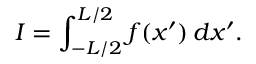
I = \int _ { - L / 2 } ^ { L / 2 } f ( x ^ { \prime } ) \, d x ^ { \prime } .